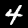
Digit: 4